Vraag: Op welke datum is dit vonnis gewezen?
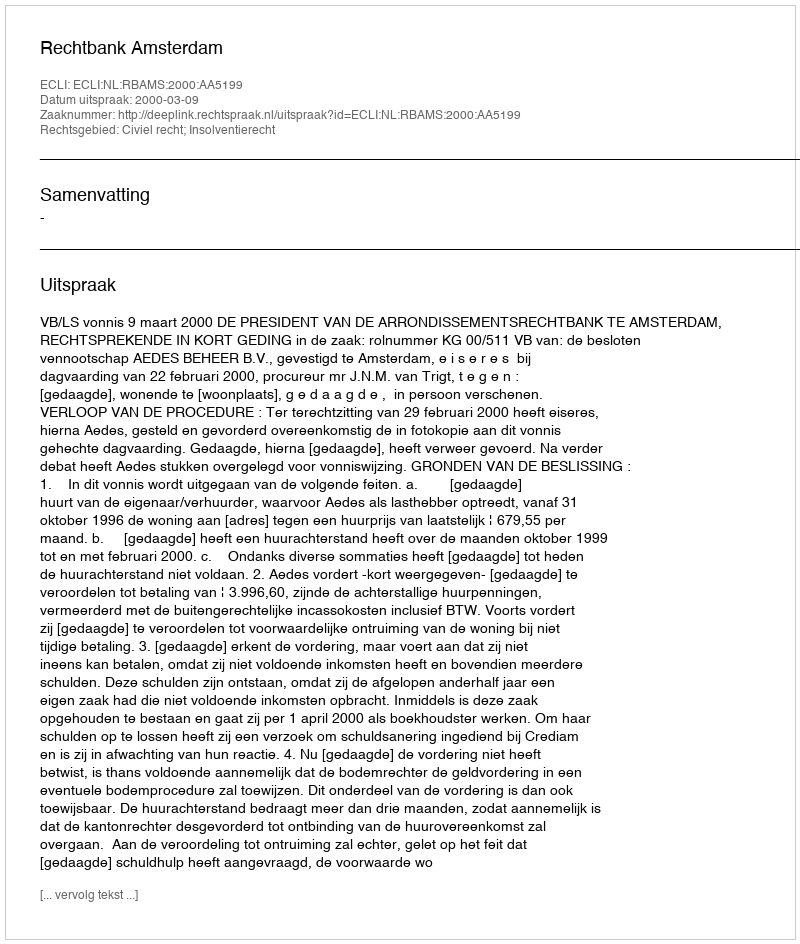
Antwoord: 2000-03-09